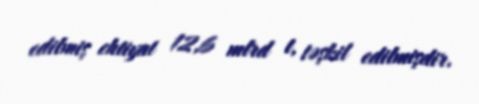
edilmiş ehtiyat 12,6 mlrd t, təşkil edilmişdir.